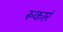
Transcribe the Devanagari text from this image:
रूकारं